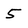
Character: 5